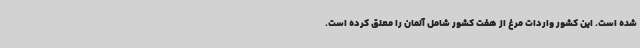
شده است. این کشور واردات مرغ از هفت کشور شامل آلمان را معلق کرده است.